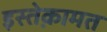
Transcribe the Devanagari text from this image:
इस्तेक़ामत